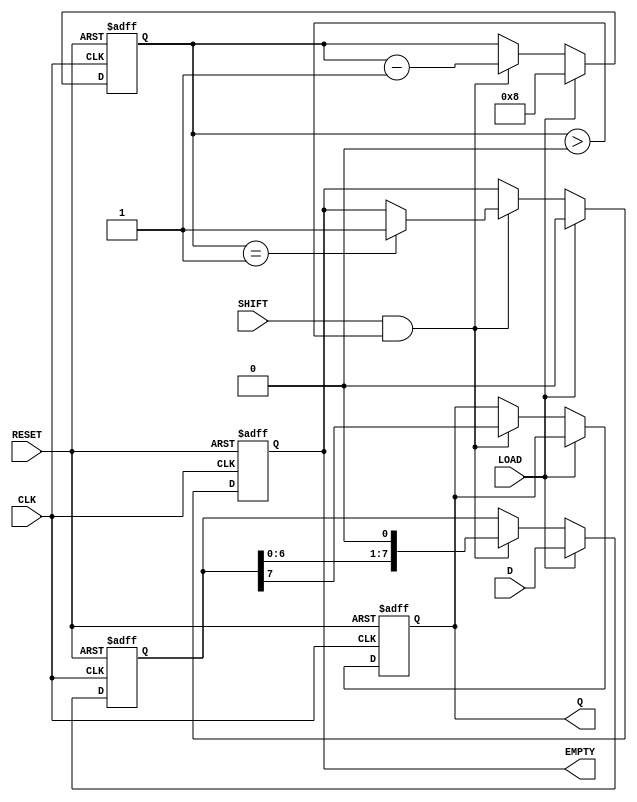
module PISO_ShiftRegister #(
    parameter WIDTH = 8  // Define the width of the parallel data
) (
    input wire [WIDTH-1:0] D,   // Data Input
    input wire LOAD,             // Load Control Signal
    input wire SHIFT,            // Shift Control Signal
    input wire CLK,              // Clock Signal
    input wire RESET,            // Asynchronous Reset Signal
    output reg Q,                // Serial Output
    output reg EMPTY             // Empty Flag
);

    // Internal shift register array
    reg [WIDTH-1:0] shift_reg; // Shift Register array
    reg [3:0] count;            // Counter to track number of bits shifted out

    always @(posedge CLK or posedge RESET) begin
        if (RESET) begin
            // Asynchronous Reset
            shift_reg <= 0;
            Q <= 1'b0;          // Initial state is zero
            EMPTY <= 1'b1;      // Initially empty
            count <= 0;         // Reset count
        end else begin
            if (LOAD) begin
                // Load data into shift register
                shift_reg <= D;
                count <= WIDTH;   // Set counter to number of bits to shift
                EMPTY <= 1'b0;    // Not empty after loading data
            end else if (SHIFT && count > 0) begin
                // Shift data out
                Q <= shift_reg[WIDTH-1]; // Output the MSB
                shift_reg <= {shift_reg[WIDTH-2:0], 1'b0}; // Shift left
                count <= count - 1; // Decrease counter
                if (count == 1) begin
                    EMPTY <= 1'b1; // Mark as empty after last shift
                end
            end
        end
    end

endmodule